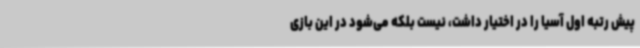
پیش رتبه اول آسیا را در اختیار داشت، نیست بلکه می‌شود در این بازی